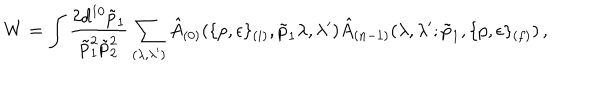
W = \int \frac { 2 d ^ { 1 0 } \tilde { p } _ { 1 } } { \tilde { p } _ { 1 } ^ { 2 } \tilde { p } _ { 2 } ^ { 2 } } \sum _ { ( \lambda , \lambda ^ { \prime } ) } \hat { A } _ { ( 0 ) } ( \{ p , \epsilon \} _ { ( i ) } , \tilde { p } _ { 1 } \lambda , \lambda ^ { \prime } ) \hat { A } _ { ( n - 1 ) } ( \lambda , \lambda ^ { \prime } ; \tilde { p } _ { 1 } , \{ p , \epsilon \} _ { ( f ) } ) \, ,